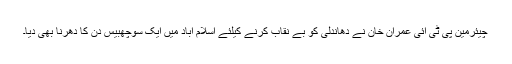
چیئرمین پی ٹی آئی عمران خان نے دھاندلی کو بے نقاب کرنے کیلئے اسلام آباد میں ایک سوچھبیس دن کا دھرنا بھی دیا۔